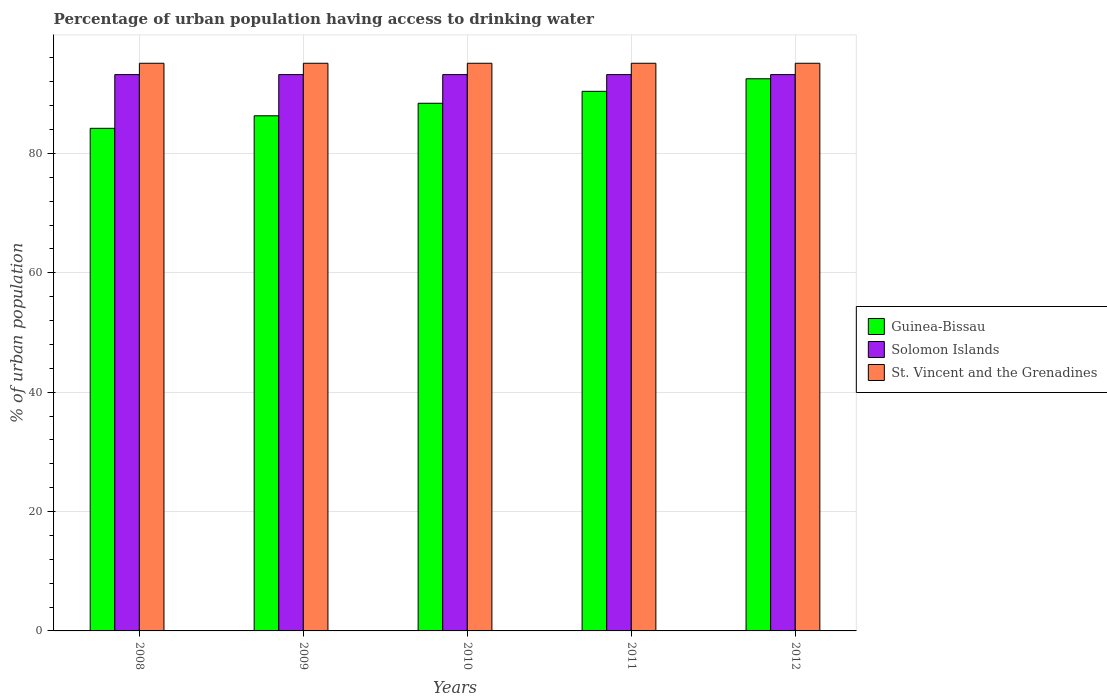
| Years | Guinea-Bissau | Solomon Islands | St. Vincent and the Grenadines |
 | --- | --- | --- | --- |
 | 2008 | 84.2 | 93.2 | 95.1 |
 | 2009 | 86.3 | 93.2 | 95.1 |
 | 2010 | 88.4 | 93.2 | 95.1 |
 | 2011 | 90.4 | 93.2 | 95.1 |
 | 2012 | 92.5 | 93.2 | 95.1 |